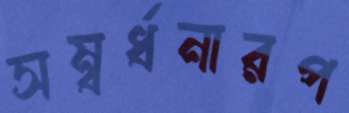
সম্বর্ধনারপ